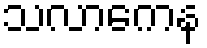
သလာကေန